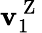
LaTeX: \mathbf{v}_{1}^{\mathrm{~Z~}}